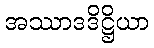
အဿာဒဒိဋ္ဌိယာ